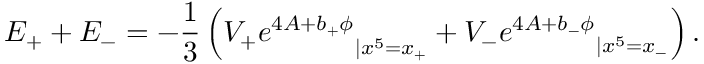
E _ { + } + E _ { - } = - \frac { 1 } { 3 } \left( { V _ { + } e ^ { 4 A + b _ { + } \phi } } _ { | x ^ { 5 } = x _ { + } } + { V _ { - } e ^ { 4 A + b _ { - } \phi } } _ { | x ^ { 5 } = x _ { - } } \right) .